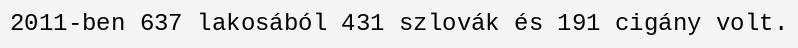
2011-ben 637 lakosából 431 szlovák és 191 cigány volt.